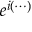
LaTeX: e ^ { i ( \cdots ) }